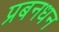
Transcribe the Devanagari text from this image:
प्रबनधन